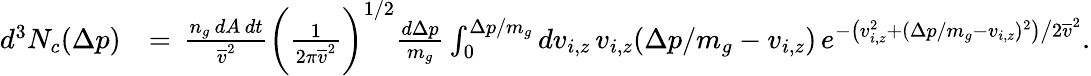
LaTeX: \begin{array}{rl}{d^{3}N_{c}(\Delta p)}&{=\, \frac{n_{g}\, dA\, dt}{\overline{{v}}^{2}}\bigg(\frac{1}{2\pi\overline{{v}}^{2}}\bigg)^{1/2}\frac{d\Delta p}{m_{g}}\int_{0}^{\Delta p/m_{g}}dv_{i,z}\, v_{i,z}(\Delta p/m_{g}-v_{i,z})\, e^{-\big(v_{i,z}^{2}+(\Delta p/m_{g}-v_{i,z})^{2}\big)\big/2\overline{{v}}^{2}}.}\end{array}